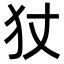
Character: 𭷹